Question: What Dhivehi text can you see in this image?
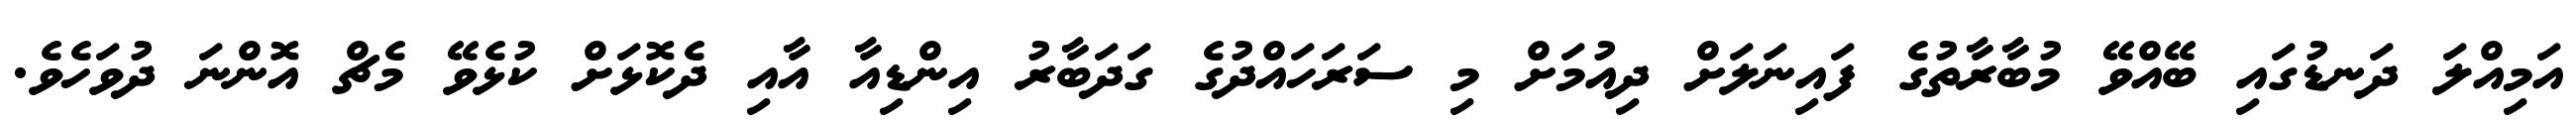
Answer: އަމިއްލަ ދަނޑުގައި ބޭއްވޭ މުބާރާތުގެ ފައިނަލަށް ދިއުމަށް މި ސަރަހައްދުގެ ގަދަބާރު އިންޑިއާ އާއި ދެކޮޅަށް ކުޅެވޭ މެޗް އޮންނަ ދުވަހެވެ.